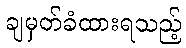
ချမှတ်ခံထားရသည့်